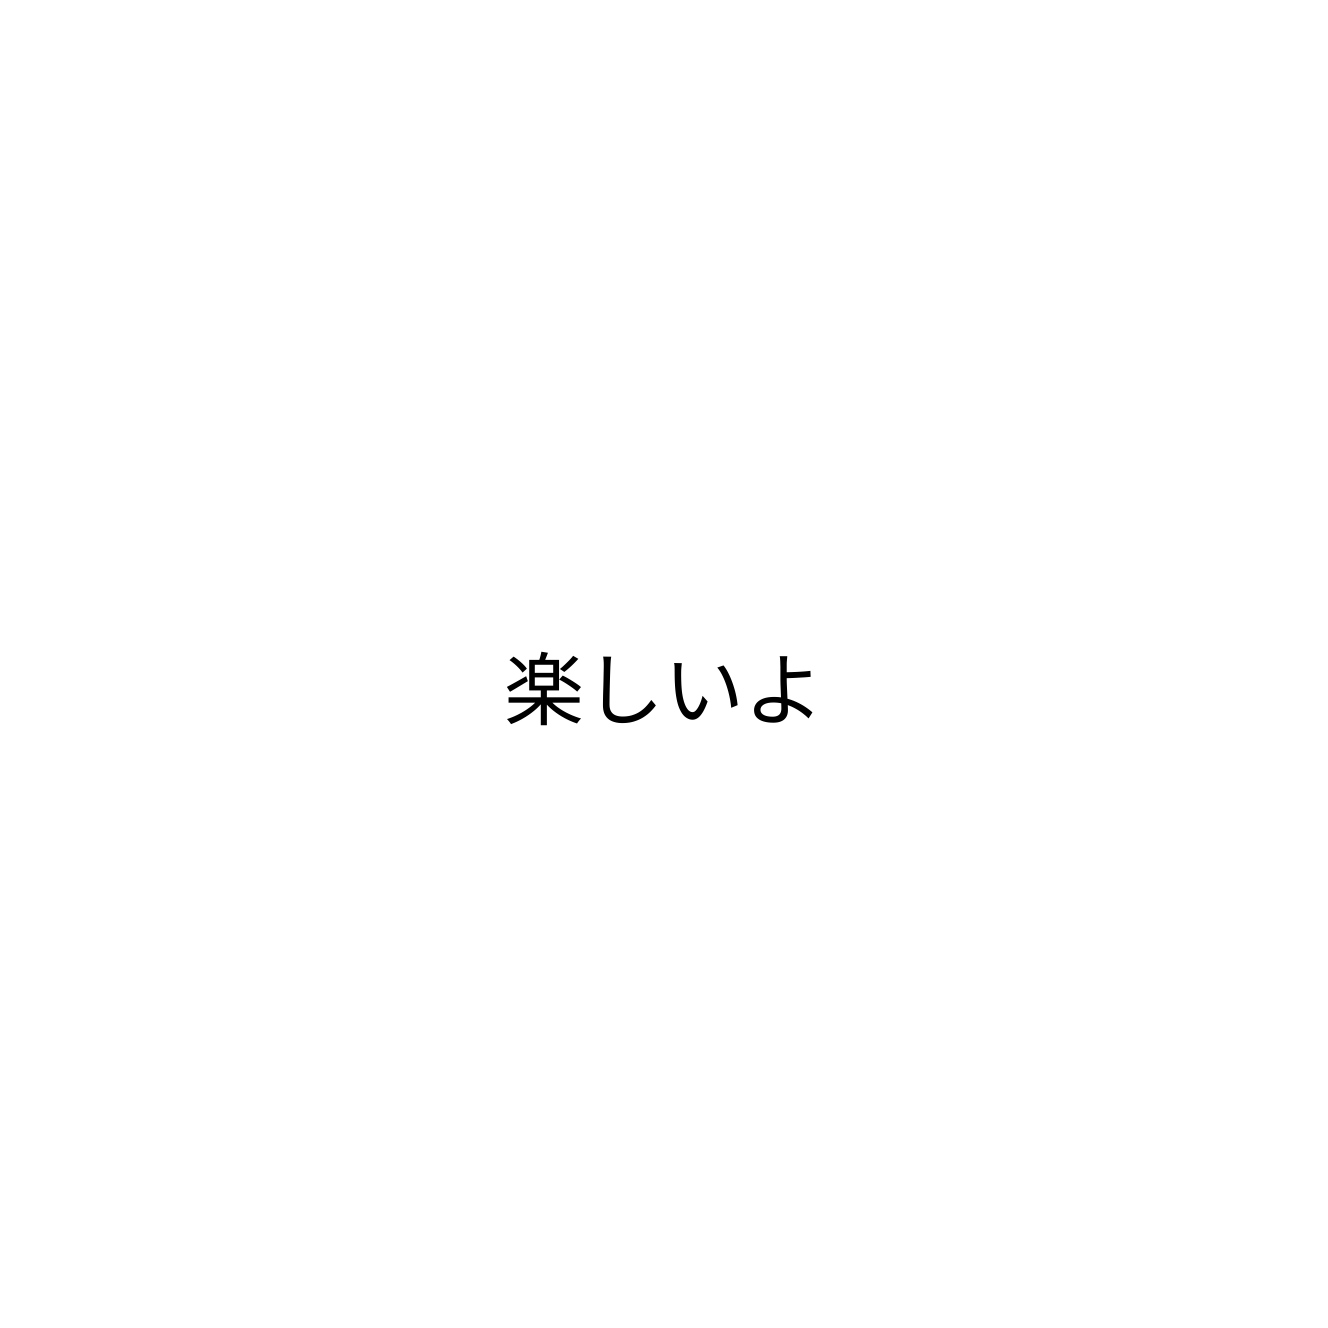
楽しいよ